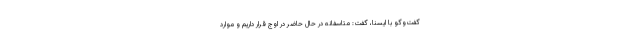
گفت‌وگو با ایسنا، گفت: متاسفانه در حال حاضر در اوج قرار داریم و موارد